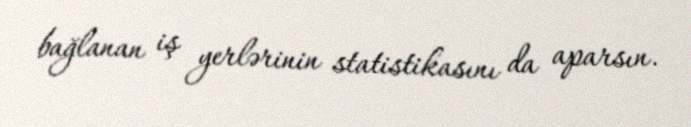
bağlanan iş yerlərinin statistikasını da aparsın.